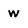
Character: w